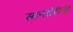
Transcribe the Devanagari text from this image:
सान्तोरीनी